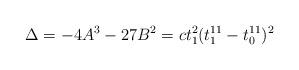
LaTeX: \begin{align*}\Delta =-4A^3-27B^2=ct_1^2(t_1^{11}-t_0^{11})^2 \end{align*}